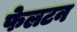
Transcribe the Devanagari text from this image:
फेलटन